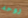
روحه